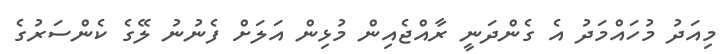
މިއަދު މުހައްމަދު އެ ގެންދަނީ ރާއްޖެއިން މުޅިން އަލަށް ފެނުނު ލޭގެ ކެންސަރުގެ